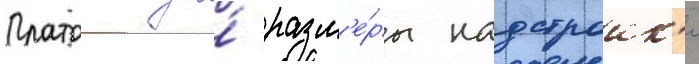
Платои за́ разм'е́ры надстроик'и